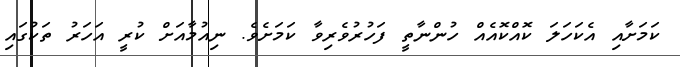
ކަމަށާއި އެކަހަލަ ކޮއްކޮއެއް ހުންނާތީ ފަހުރުވެރިވާ ކަމަށެވެ. ނިއުމާއަށް ކުރީ އަހަރު ތަކުގައި